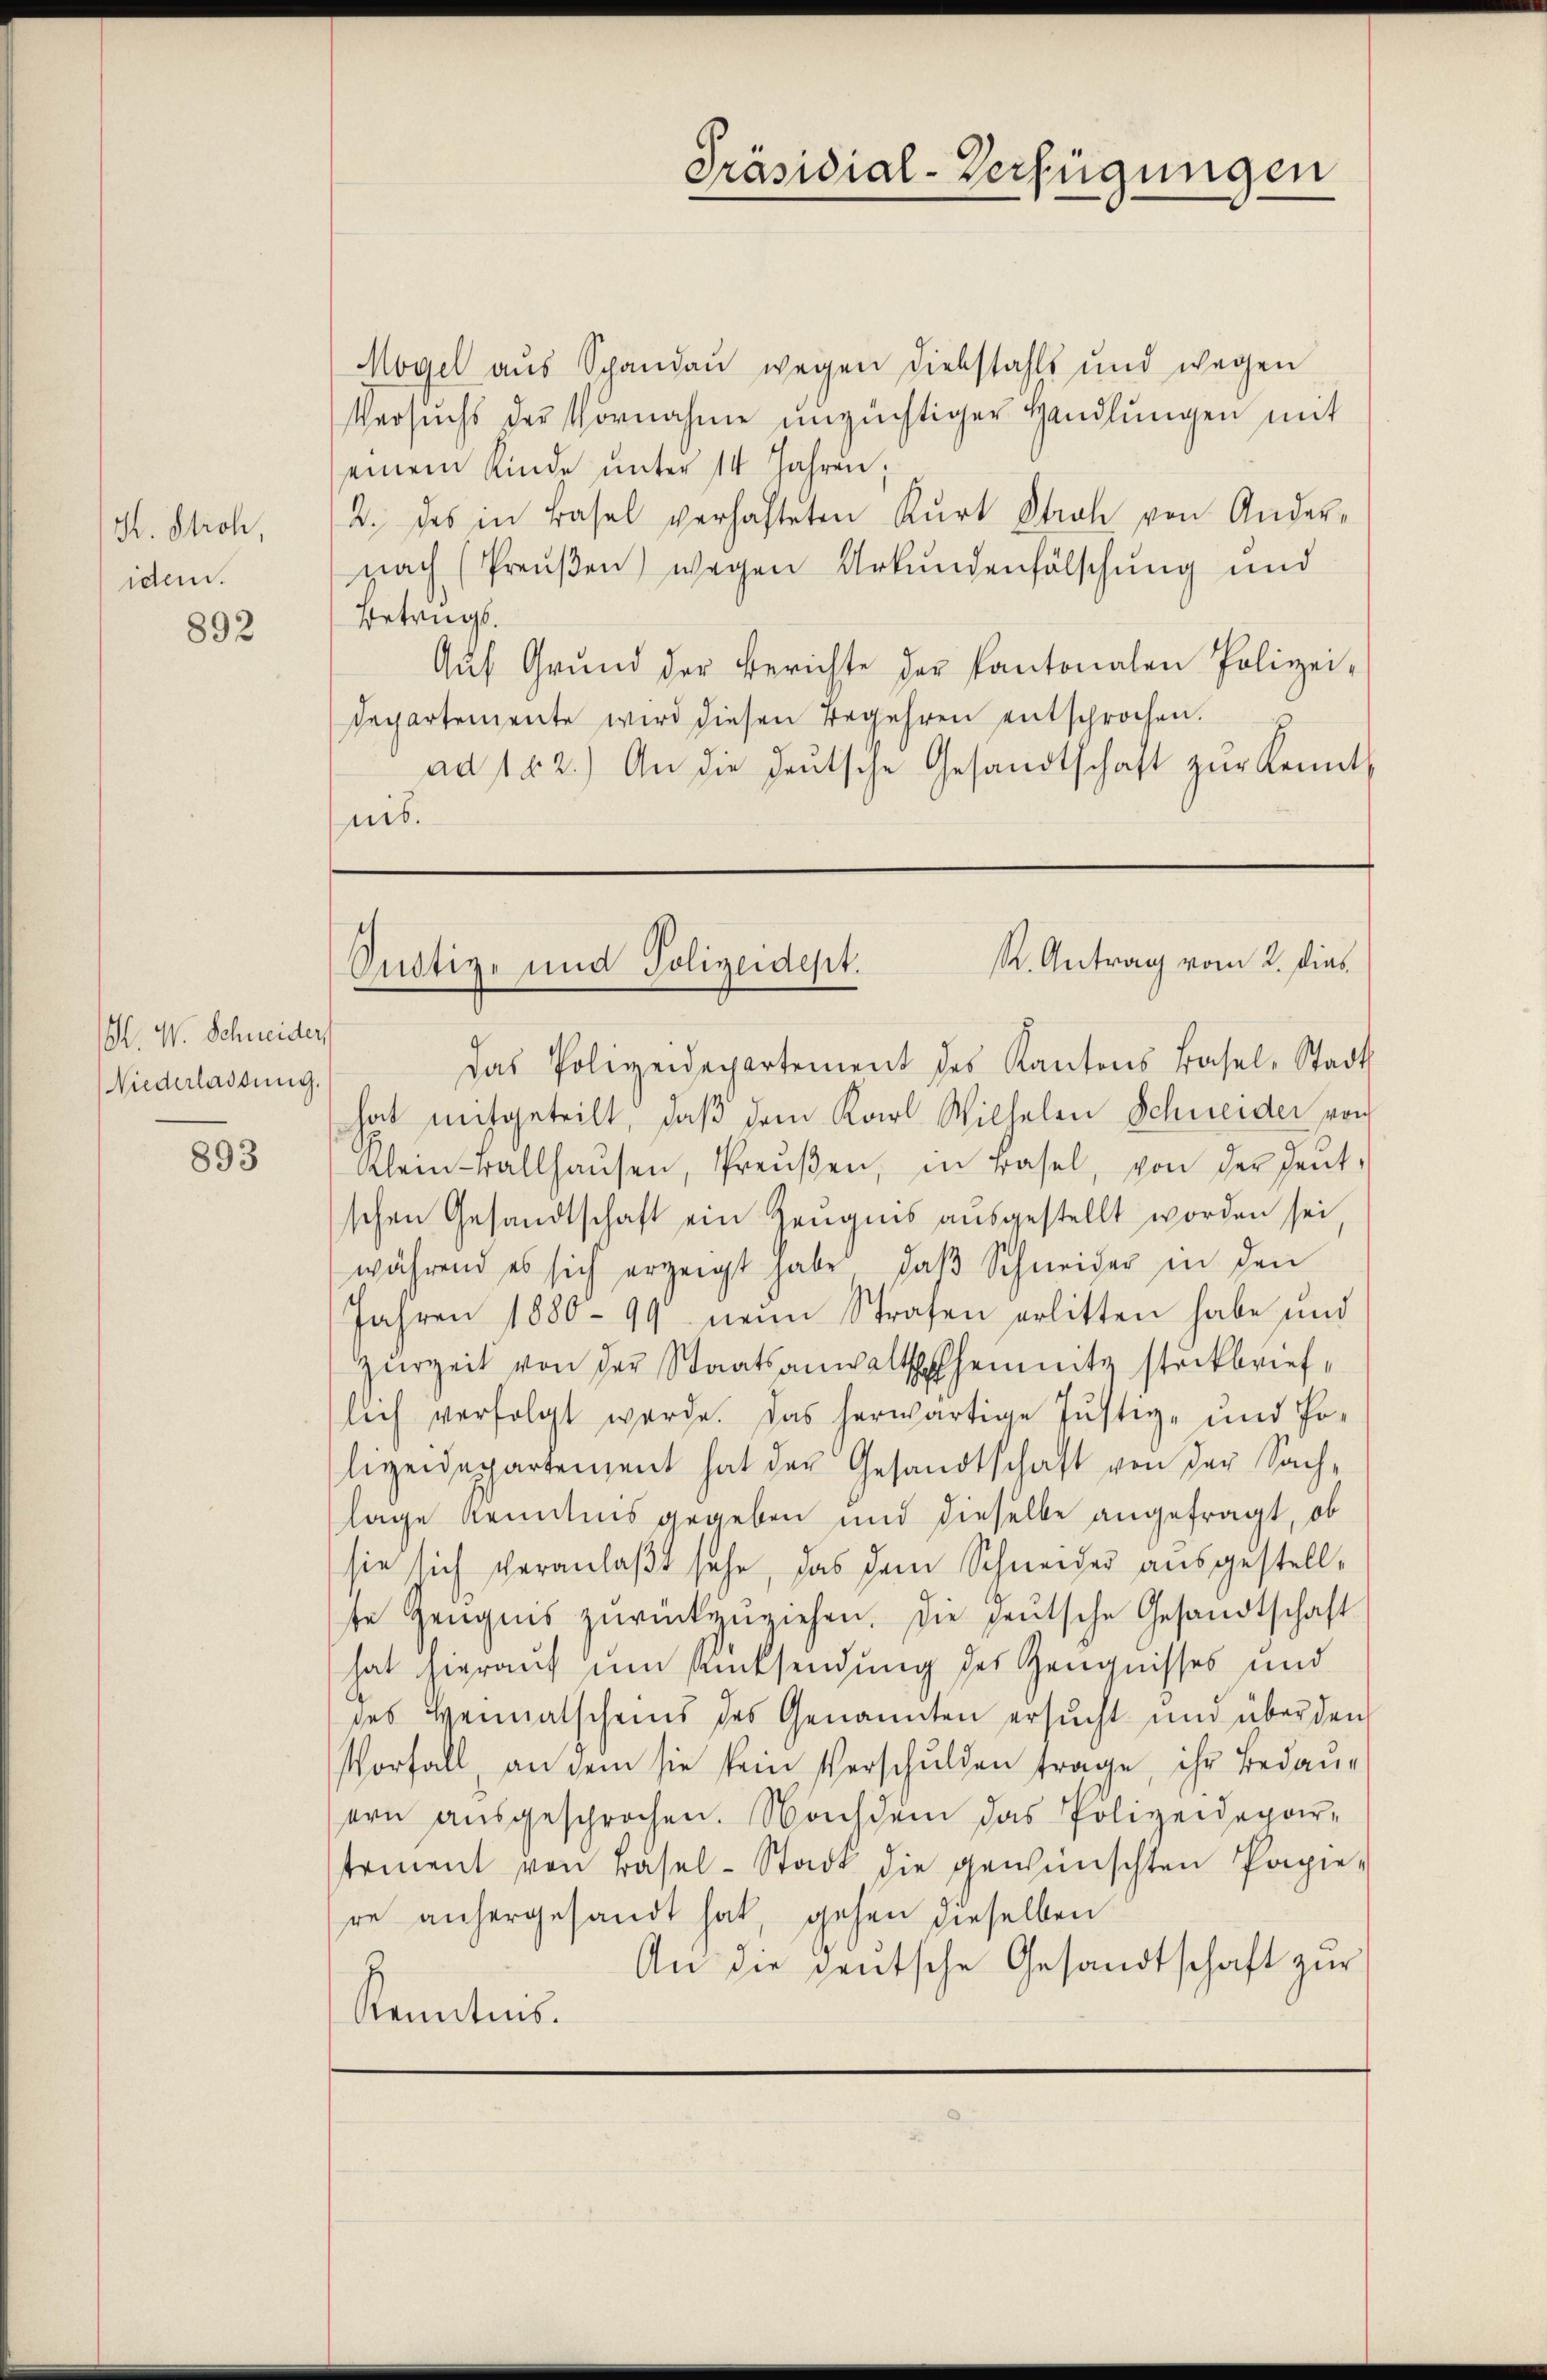
H. Stroh,
idem.

892

M. W. Schneider
Niederlassung.

893

Präsidial-Verfügungen

Mogel aus Spandau wegen Diebstahls und wegen
Versuchs der Vornahme unzüchtiger Handlungen mit
einem Kinde ŭnter 14 Jahren;
2. des in Basel verhalteten Kurt Stral von Andernach (Preußen) wegen Urkundenfälschung und
Betrugs.
Aŭf Grŭnd der Berichte der Kantonalen Polizei-
Departemente wird diesen Begehren entsprochen.
ad 182.) An die deŭtsche Gesandtschaft zŭr Kennt,
nis.

R. Antrag vom 2. dies
Oustiz- und Polizeidept.

Das Polizeidepartement des Kantons Basel-Stadt
hat mitgeteilt, daβ dem Karl Wilhelm Schneider von
Klein Ballhaŭsen, Preŭβen, in Basel, von der heŭt-
schen Gesandtschaft ein Zeugnis ausgestellt worden sei
während es sich erzeigt habe, daβ Schneider in den
Jahren 1880- 99 neun Strafen erlitten habe und
Zŭrzeit von der Staatsanwaltschemnitz steckbrieflich verfolgt werde. Das herwärtige Justiz- und Polizeidepartement hat der Gesandtschaft von der Sachlage Kenntnis gegeben und dieselbe angefragt, ob
sie sich veranlaßt sehe, das dem Schneider ausgestellse Zeugnis zurückzuziehen. Die heutsche Gesandtschaft
hat hierauf um Rücksendung des Zeugnisses und
des Heimatscheins des Genannten ersucht und über den
Vorfall, an dem sie sein Verschulden trage, ihr Bedaue
ern aŭsgesprochen. Nachdem das Polizeidepar-
tement von Basel-Stadt die gewünschten Papie-
re anhergesandt hat, gehen dieselben
An die deutsche Gesandtschaft zur
Kenntnis.